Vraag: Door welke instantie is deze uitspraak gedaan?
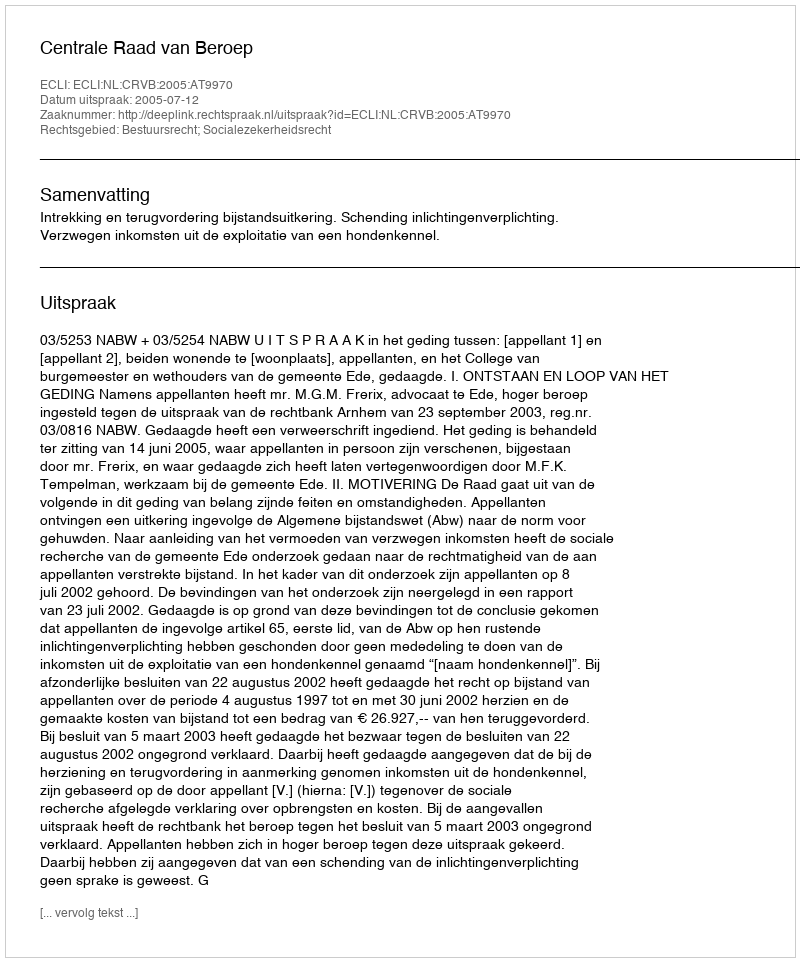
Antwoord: Centrale Raad van Beroep